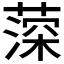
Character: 𦸂